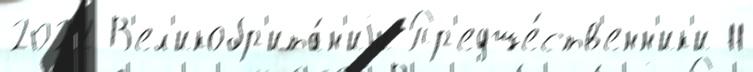
2022 В'ел'икобр'ита́н'иjи Пр'едше́ств'енн'ик'и 11